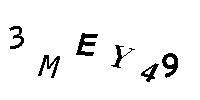
3MEY49